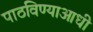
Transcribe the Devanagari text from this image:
पाठविण्याआधी